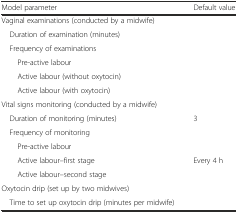
<table><thead><tr><td><b>Model parameter</b></td><td><b>Default value</b></td></tr></thead><tbody><tr><td colspan="2">Vaginal examinations (conducted by a midwife)</td></tr><tr><td> Duration of examination (minutes)</td><td>[EMPTY_CELL]</td></tr><tr><td> Frequency of examinations</td><td>[EMPTY_CELL]</td></tr><tr><td>Pre-active labour</td><td>[EMPTY_CELL]</td></tr><tr><td>Active labour (without oxytocin)</td><td>[EMPTY_CELL]</td></tr><tr><td>Active labour (with oxytocin)</td><td>[EMPTY_CELL]</td></tr><tr><td colspan="2">Vital signs monitoring (conducted by a midwife)</td></tr><tr><td> Duration of monitoring (minutes)</td><td>3</td></tr><tr><td> Frequency of monitoring</td><td>[EMPTY_CELL]</td></tr><tr><td>Pre-active labour</td><td>[EMPTY_CELL]</td></tr><tr><td>Active labour–first stage</td><td>Every 4 h</td></tr><tr><td>Active labour–second stage</td><td>[EMPTY_CELL]</td></tr><tr><td colspan="2">Oxytocin drip (set up by two midwives)</td></tr><tr><td> Time to set up oxytocin drip (minutes per midwife)</td><td>[EMPTY_CELL]</td></tr></tbody></table>